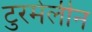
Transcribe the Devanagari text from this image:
टुरमेलीन